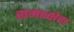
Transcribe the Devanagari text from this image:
रामरक्षेचा